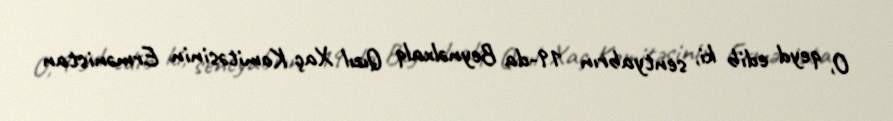
O, qeyd edib ki, sentyabrın 19-da Beynəlxalq Qızıl Xaç Komitəsinin Ermənistan